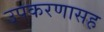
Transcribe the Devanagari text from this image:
उपकरणासह